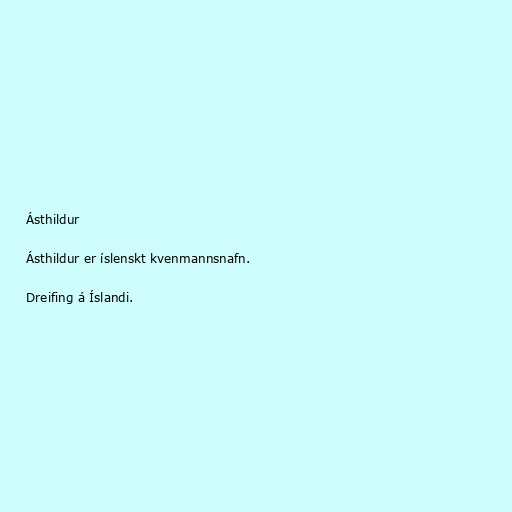
Ásthildur

Ásthildur er íslenskt kvenmannsnafn.

Dreifing á Íslandi.